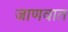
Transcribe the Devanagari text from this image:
जाणवात